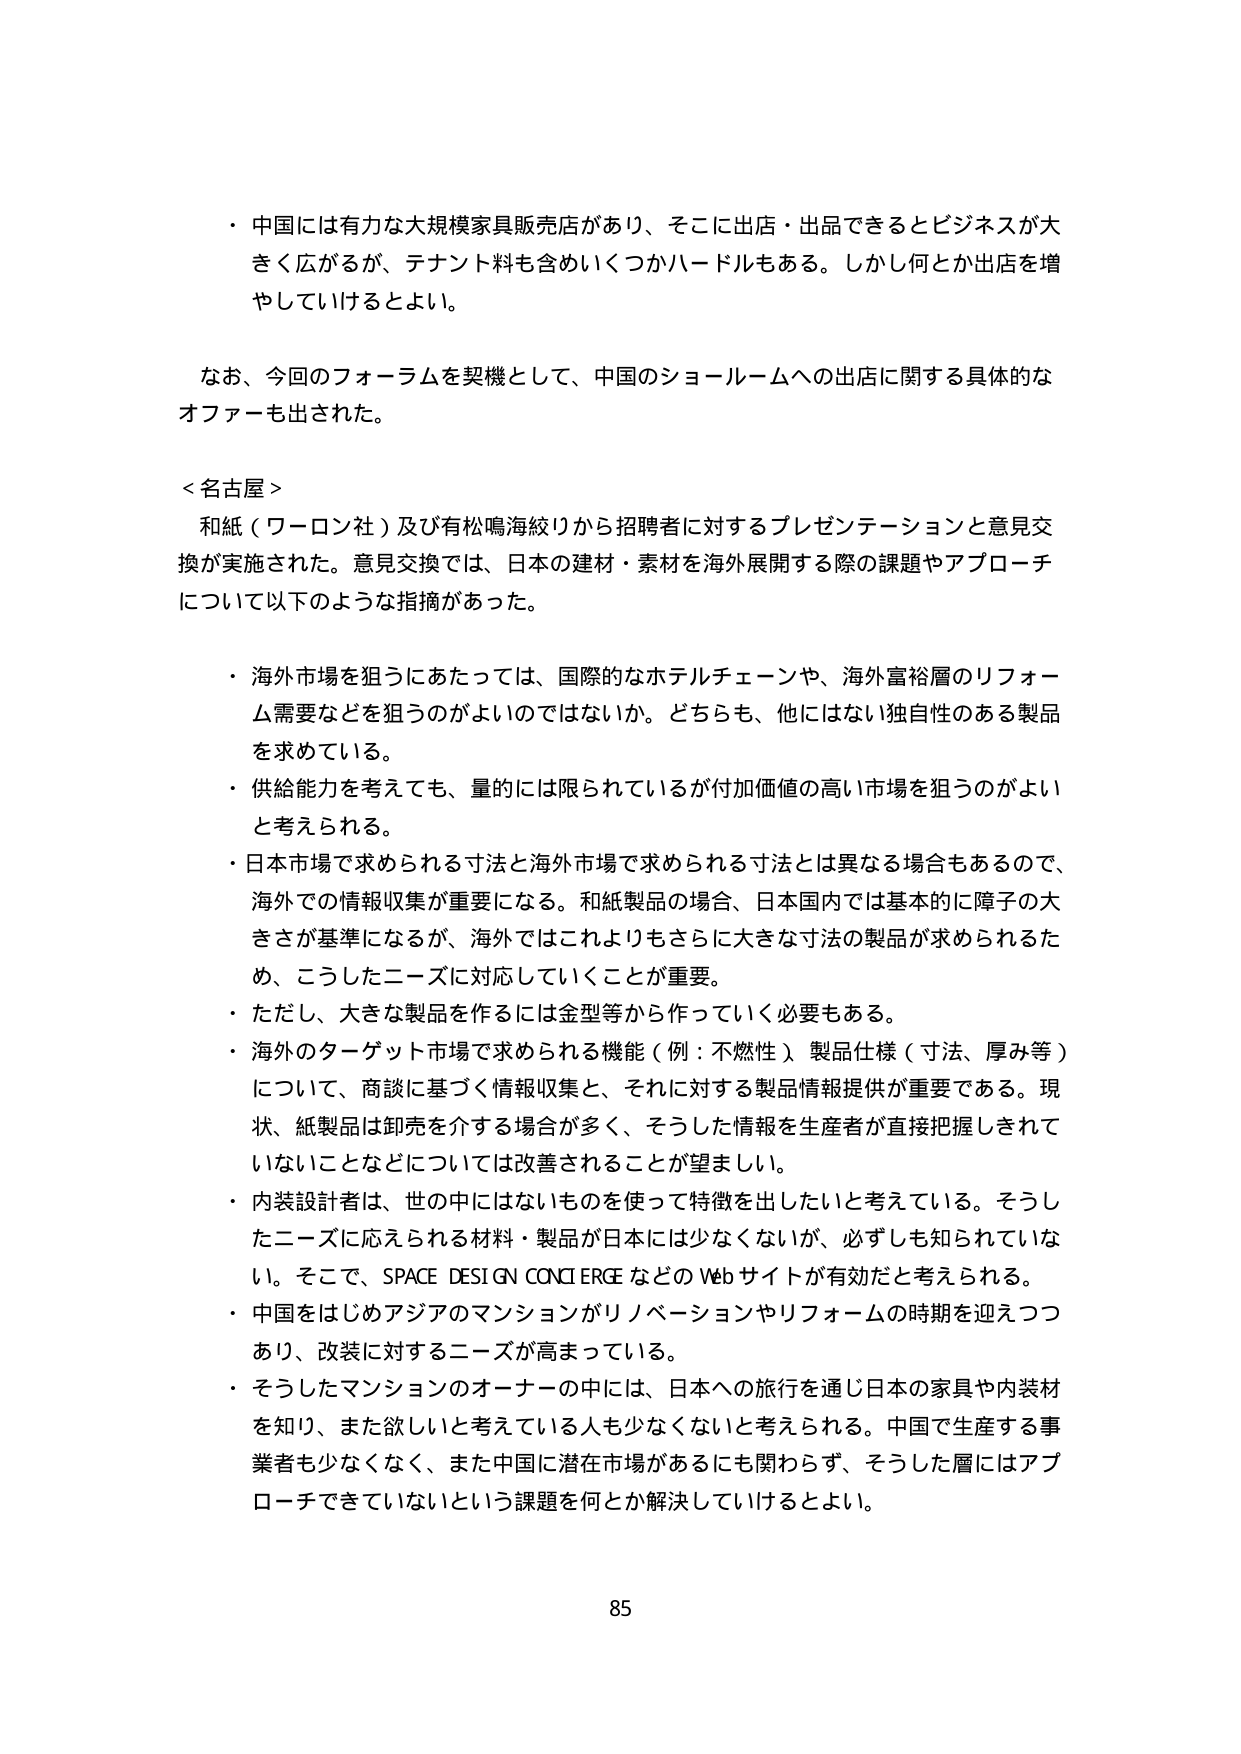
・中国には有力な大規模家具販売店があり、そこに出店・出品できるとビジネスが大きく広がるが、テナント料も含めいくつかハードルもある。しかし何とか出店を増やしていけるとよい。

なお、今回のフォーラムを契機として、中国のショールームへの出店に関する具体的なオファーも出された。

＜名古屋＞
和紙（ワーロン社）及び有松鳴海絞りから招聘者に対するプレゼンテーションと意見交換が実施された。意見交換では、日本の建材・素材を海外展開する際の課題やアプローチについて以下のような指摘があった。

・海外市場を狙うにあたっては、国際的なホテルチェーンや、海外富裕層のリフォーム需要などを狙うのがよいのではないか。どちらも、他にはない独自性のある製品を求めている。
・供給能力を考えても、量的には限られているが付加価値の高い市場を狙うのがよいと考えられる。
・日本市場で求められる寸法と海外市場で求められる寸法とは異なる場合もあるので、海外での情報収集が重要になる。和紙製品の場合、日本国内では基本的に障子の大きさが基準になるが、海外ではこれよりもさらに大きな寸法の製品が求められるため、こうしたニーズに対応していくことが重要。
・ただし、大きな製品を作るには金型等から作っていく必要もある。
・海外のターゲット市場で求められる機能（例：不燃性）製品仕様（寸法、厚み等）について、商談に基づく情報収集と、それに対する製品情報提供が重要である。現状、紙製品は卸売を介する場合が多く、そうした情報を生産者が直接把握しきれていないことなどについては改善されることが望ましい。
・内装設計者は、世の中にはないものを使って特徴を出したいと考えている。そうしたニーズに応えられる材料・製品が日本には少なくないが、必ずしも知られていない。そこで、SPACE DESIGN CONCIERGEなどのWebサイトが有効だと考えられる。
・中国をはじめアジアのマンションがリノベーションやリフォームの時期を迎えつつあり、改装に対するニーズが高まっている。
・そうしたマンションのオーナーの中には、日本への旅行を通じ日本の家具や内装材を知り、また欲しいと考えている人も少なくないと考えられる。中国で生産する事業者も少なくなく、また中国に潜在市場があるにも関わらず、そうした層にはアプローチできていないという課題を何とか解決していけるとよい。

85